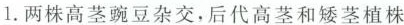
1.两株高茎豌豆杂交，后代高茎和矮茎植株